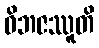
ဝိဘဇဿူတိ